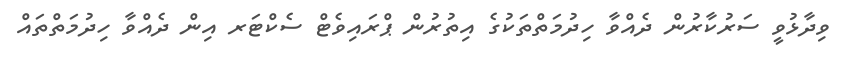
ވިދާޅުވީ ސަރުކާރުން ދެއްވާ ހިދުމަތްތަކުގެ އިތުރުން ޕްރައިވެޓް ސެކްޓަރ އިން ދެއްވާ ހިދުމަތްތައް